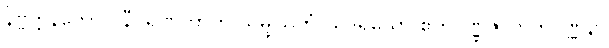
နိဗ္ဗတ္တနတော ဝိနီဝရဏတာတိ သမ္ဖုသိတုံ ယဒရိယော ဧကပဏ္ဏဇာတကဝဏ္ဏနာ